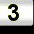
Digit: 3